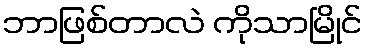
ဘာဖြစ်တာလဲ ကိုသာမြိုင်